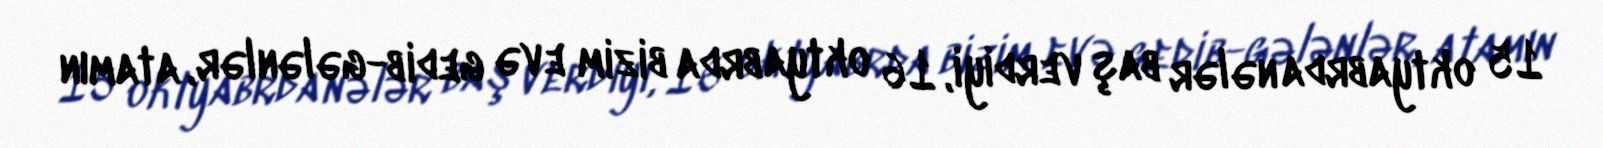
15 oktyabrda nələr baş verdiyi, 16 oktyabrda bizim evə gedib-gələnlər, atamın